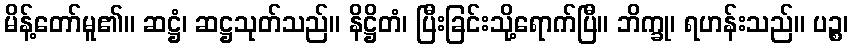
မိန့်တော်မူ၏။ ဆဋ္ဌံ၊ ဆဋ္ဌသုတ်သည်။ နိဋ္ဌိတံ၊ ပြီးခြင်းသို့ရောက်ပြီ။ ဘိက္ခု၊ ရဟန်းသည်။ ပဉ္စ၊